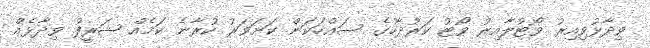
ވިދާޅުވިއިރު ވޯޓުލާއިރު ވޯޓު ކަރުދާހުގެ ސައްހަކަން ކަށަވަރު ކުރާނެ ކަމެއް ޝަރީފު ވިދާޅެއް